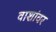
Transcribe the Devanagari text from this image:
वाशांवर